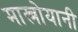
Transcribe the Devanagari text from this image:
मास्त्रोयानी